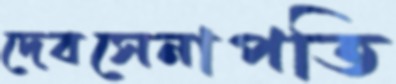
দেবসেনাপতি